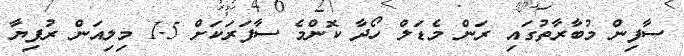
ސާފިން މުބާރާތުގައި ރަން މެޑަލް ހޯދާ ކޮންމެ ސާފަރަކަށް 1.5 މިލިއަން ރުފިޔާ